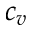
c _ { v }